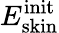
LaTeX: E_{\mathrm{skin}}^{\mathrm{init}}